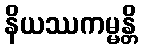
နိယဿကမ္မန္တိ